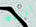
البلاك